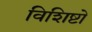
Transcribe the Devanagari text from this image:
विशिष्टो